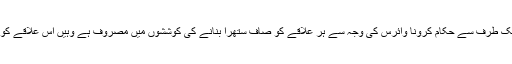
مقامی لوگوں کا کہنا ہے کہ جہاں ایک طرف سے حکام کرونا وائرس کی وجہ سے ہر علاقے کو صاف ستھرا بنانے کی کوششوں میں مصروف ہے وہیں اس علاقے کو ڈمپنگ ائریا میں تبدیل کیا گیا ہے ۔